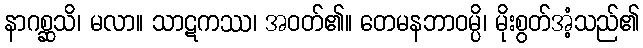
နာဂစ္ဆသိ၊ မလာ။ သာဋကဿ၊ အဝတ်၏။ တေမနဘာဝမ္ပိ၊ မိုးစွတ်အံ့သည်၏